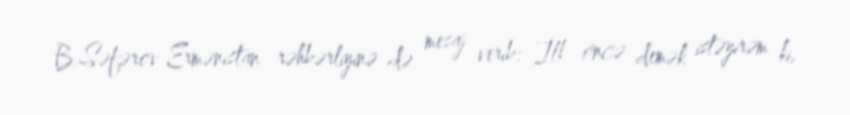
B.Səfərov Ermənistan rəhbərliyinə də mesaj verib: “İlk öncə demək istəyirəm ki,